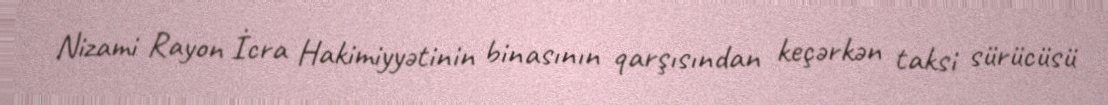
Nizami Rayon İcra Hakimiyyətinin binasının qarşısından keçərkən taksi sürücüsü